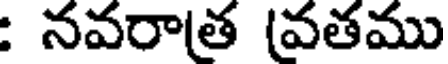
: నవరాత (వతము